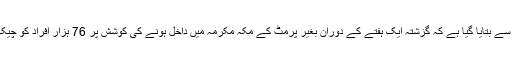
مکّہ مکرمہ گورنریٹ کی جانب سے بتایا گیا ہے کہ گزشتہ ایک ہفتے کے دوران بغیر پرمٹ کے مکّہ مکرمہ میں داخل ہونے کی کوشش پر 76 ہزار افراد کو چیک پوسٹوں سے واپس بھیج دیا گیا۔